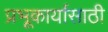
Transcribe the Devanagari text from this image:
प्रभूकार्यासाठी